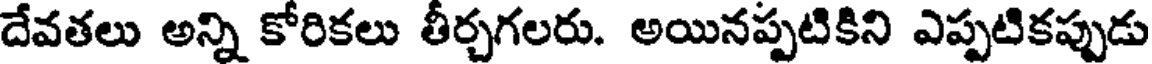
దేవతలు అన్ని కోరికలు తీర్చగలరు. అయినప్పటికిని ఎప్పటికప్పుడు